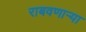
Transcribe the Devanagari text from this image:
राबवणाऱ्या